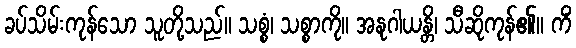
ခပ်သိမ်းကုန်သော သူတို့သည်။ သစ္စံ၊ သစ္စာကို။ အနုဂါယန္တိ၊ သီဆိုကုန်၏။ ကိံ